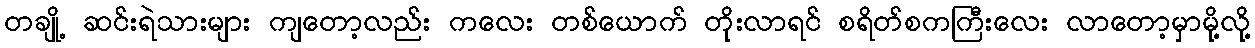
တချို့ ဆင်းရဲသားများ ကျတော့လည်း ကလေး တစ်ယောက် တိုးလာရင် စရိတ်စကကြီးလေး လာတော့မှာမို့လို့